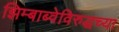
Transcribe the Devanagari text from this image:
झिम्बाब्वेविरुद्धच्या